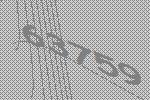
63759